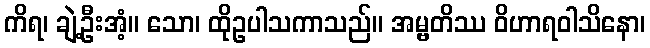
ကိရ၊ ချဲ့ဦးအံ့။ သော၊ ထိုဥပါသကာသည်။ အမ္ဗတိဿ ဝိဟာရဝါသိနော၊